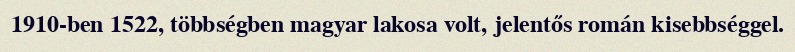
1910-ben 1522, többségben magyar lakosa volt, jelentős román kisebbséggel.